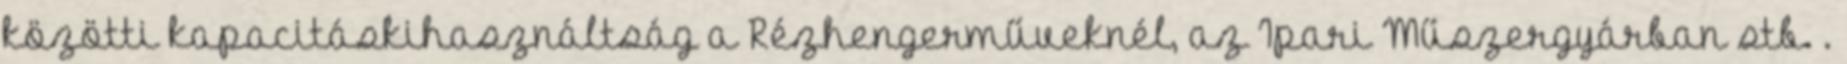
közötti kapacitáskihasználtság a Rézhengerműveknél, az Ipari Műszergyárban stb. .